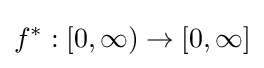
f^{*}:[0,\infty )\to [0,\infty ]